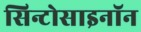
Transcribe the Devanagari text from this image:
सिन्टोसाइनॉन